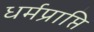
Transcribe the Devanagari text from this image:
धर्मप्राप्ति